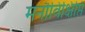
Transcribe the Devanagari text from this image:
मनौविक्षिप्ति